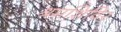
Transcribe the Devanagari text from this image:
श्रमशिविर